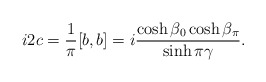
\begin{align*} i2c=\frac{1}{\pi}[b, b]=i\frac{\cosh\beta_0\cosh\beta_\pi}{\sinh\pi\gamma }.\end{align*}